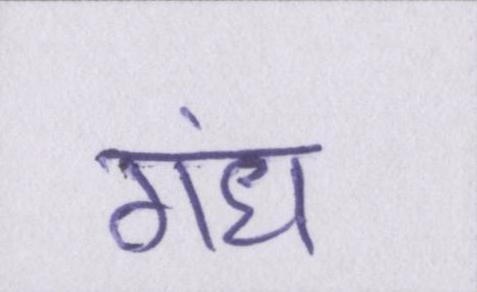
गंध